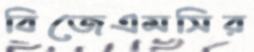
বিজেএমসির